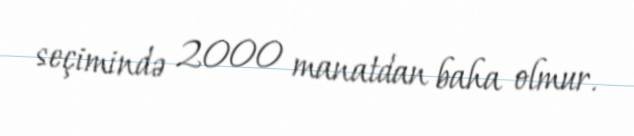
seçimində 2000 manatdan baha olmur.